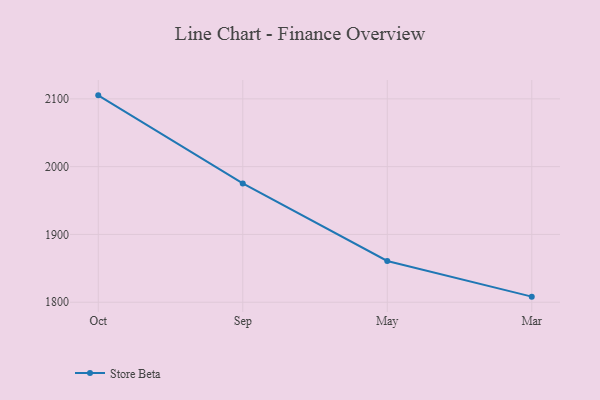
{"axis": {"x": "Month", "y": "Revenue (USD Million)"}, "legend": ["Store Beta"], "data": [{"x": "Oct", "y": 2105.2, "type": "Store Beta"}, {"x": "Sep", "y": 1975.2, "type": "Store Beta"}, {"x": "May", "y": 1860.8, "type": "Store Beta"}, {"x": "Mar", "y": 1808.2, "type": "Store Beta"}]}